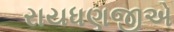
રાયધણજીએ